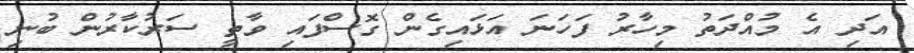
އަދި އެ މުއްދަތު މިހާރު ފަހަނަ އަޅައިގެން ގޮސްފައި ވާތީ ސަރުކާރުން ބުނި